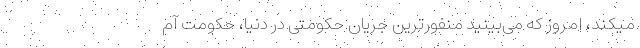
میکند، امروز که می‌بینید منفورترین جریان حکومتی در دنیا، حکومت آم